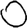
Digit: 0